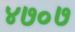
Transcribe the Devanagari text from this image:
४७०७